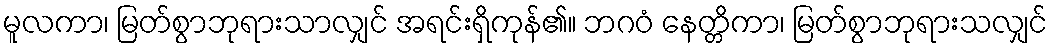
မူလကာ၊ မြတ်စွာဘုရားသာလျှင် အရင်းရှိကုန်၏။ ဘဂဝံ နေတ္တိကာ၊ မြတ်စွာဘုရားသလျှင်